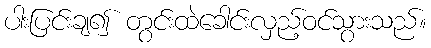
ပါးပြင်းချ၍ တွင်းထဲခေါင်းလှည့်ဝင်သွားသည်။